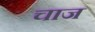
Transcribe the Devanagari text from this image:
चाज